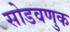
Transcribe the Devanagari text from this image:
सोडवणुक